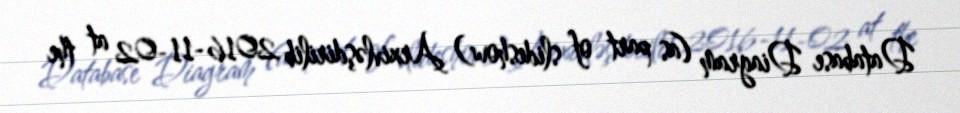
Database Diagram (as part of slideshow) Arxivləşdirilib 2016-11-02 at the